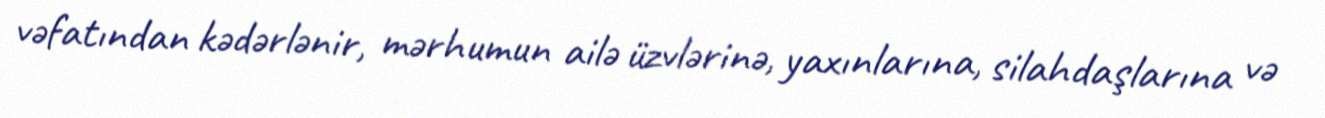
vəfatından kədərlənir, mərhumun ailə üzvlərinə, yaxınlarına, silahdaşlarına və